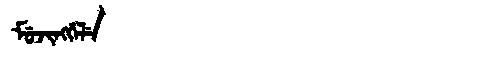
Manchu: ᠮᡠᠵᡳᠩᡤᡝᠯᡝ
Romanization: MUJINGGELE